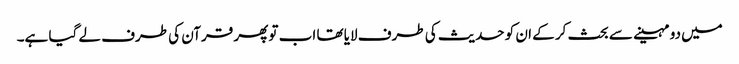
میں دو مہینے سے بحث کر کے ان کو حدیث کی طرف لایا تھا اب تو پھر قرآن کی طرف لے گیا ہے۔